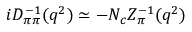
i D _ { \pi \pi } ^ { - 1 } ( q ^ { 2 } ) \simeq - N _ { c } Z _ { \pi } ^ { - 1 } ( q ^ { 2 } )